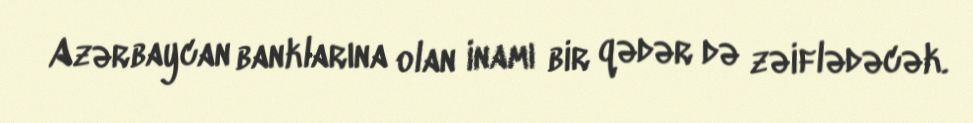
Azərbaycan banklarına olan inamı bir qədər də zəiflədəcək.